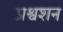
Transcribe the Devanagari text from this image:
प्रश्वशन